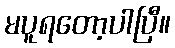
မပူရတော့ပါပြီ။